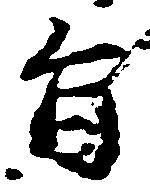
旨